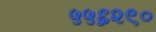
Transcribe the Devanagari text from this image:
५५६२९०